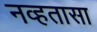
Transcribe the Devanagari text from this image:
नव्हतासा